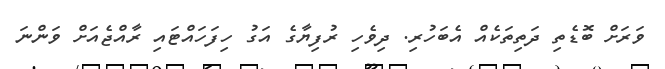
ވަރަށް ބޮޑެތި ދަތިތަކެއް އެބަހުރި. ދިވެހި ރުފިޔާގެ އަގު ހިފަހައްޓައި ރާއްޖެއަށް ވަންނަ